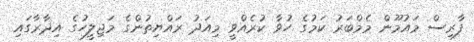
ފާރިސް މައުމޫން މެމްބަރު ކަމުގެ ހުވާ ކުރެއްވީ މިއަދު ރައްޔިތުންގެ މަޖިލީހުގެ އިދާރާގައި